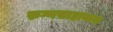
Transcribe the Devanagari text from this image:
रुग्णसाहाय्यक